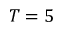
T = 5